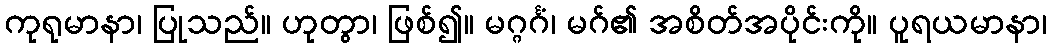
ကုရုမာနာ၊ ပြုသည်။ ဟုတွာ၊ ဖြစ်၍။ မဂ္ဂင်္ဂံ၊ မဂ်၏ အစိတ်အပိုင်းကို။ ပူရယမာနာ၊